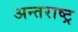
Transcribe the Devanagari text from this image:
अन्तराष्ट्र